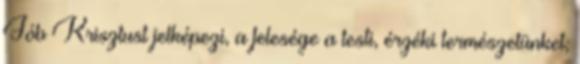
Jób Krisztust jelképezi, a felesége a testi, érzéki természetünket;